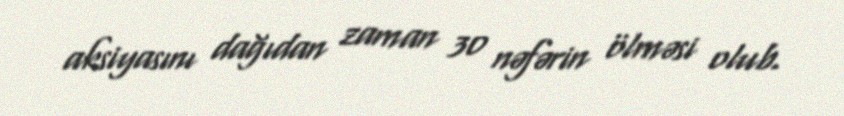
aksiyasını dağıdan zaman 30 nəfərin ölməsi olub.